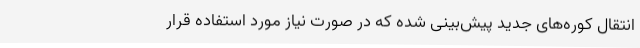
انتقال کوره‌های جدید پیش‌بینی شده که در صورت نیاز مورد استفاده قرار